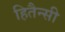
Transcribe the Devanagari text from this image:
हितैन्सी